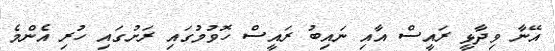
އޭނާ ވިދާޅީ ރައީސް އާއި ނައިބު ރައީސް ހޮވުމުގައި ރަށުގައި ހުރި އެންމެ